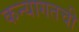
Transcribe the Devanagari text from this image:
कन्यागतची